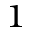
^ 1